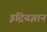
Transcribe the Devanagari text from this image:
इंद्रियज्ञान